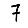
Digit: 7